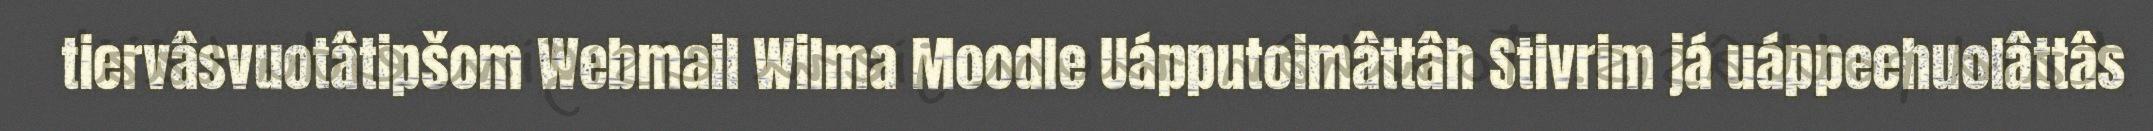
tiervâsvuotâtipšom Webmail Wilma Moodle Uápputoimâttâh Stivrim já uáppeehuolâttâs